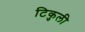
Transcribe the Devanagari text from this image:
टिकुली